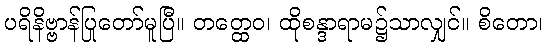
ပရိနိဗ္ဗာန်ပြုတော်မူပြီ။ တတ္ထေဝ၊ ထိုစန္ဒာရာမ၌သာလျှင်။ စိတော၊